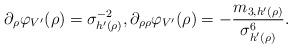
LaTeX: \begin{align*} \partial_{\rho} \varphi_{V'}(\rho) = \sigma_{h'(\rho)}^{-2}, \partial_{\rho\rho} \varphi_{V'}(\rho) = -\frac{m_{3,h'(\rho)}}{\sigma_{h'(\rho)}^6}. \end{align*}